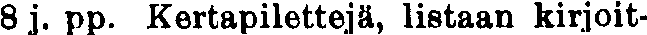
8 j. pp. Kertapilettejä, listaan kirjoit-